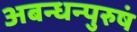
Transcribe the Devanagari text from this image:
अबन्धन्पुरुषं